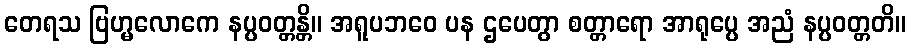
တေရသ ဗြဟ္မလောကေ နပ္ပဝတ္တန္တိ။ အရူပဘဝေ ပန ဌပေတွာ စတ္တာရော အာရုပ္ပေ အညံ နပ္ပဝတ္တတိ။